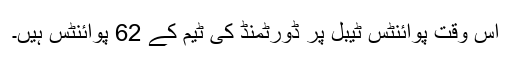
اس وقت پوائنٹس ٹیبل پر ڈورٹمنڈ کی ٹیم کے 62 پوائنٹس ہیں۔